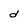
Character: d